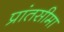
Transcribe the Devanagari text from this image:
प्रांतसीमा